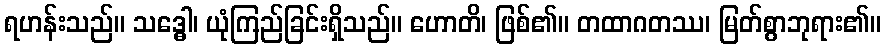
ရဟန်းသည်။ သဒ္ဓေါ၊ ယုံကြည်ခြင်းရှိသည်။ ဟောတိ၊ ဖြစ်၏။ တထာဂတဿ၊ မြတ်စွာဘုရား၏။